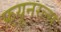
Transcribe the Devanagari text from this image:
फ़्यूनरल्स